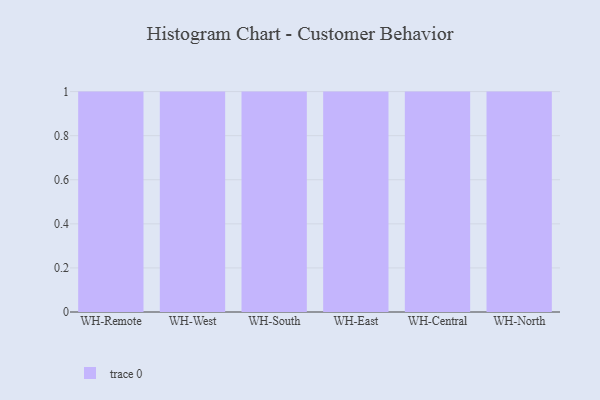
{"axis": {"x": "Warehouse", "y": "Satisfaction Score"}, "legend": [""], "data": [{"x": "WH-Remote", "y": 20, "type": ""}, {"x": "WH-West", "y": 12, "type": ""}, {"x": "WH-South", "y": 76, "type": ""}, {"x": "WH-East", "y": 61, "type": ""}, {"x": "WH-Central", "y": 68, "type": ""}, {"x": "WH-North", "y": 6, "type": ""}]}